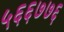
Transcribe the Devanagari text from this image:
५६६७७६